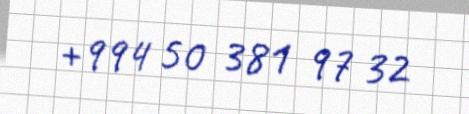
+994 50 381 97 32